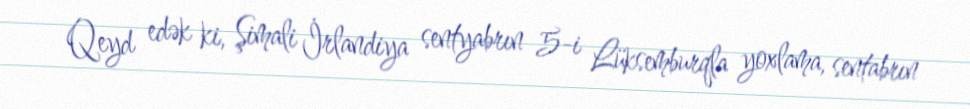
Qeyd edək ki, Şimali İrlandiya sentyabrın 5-i Lüksemburqla yoxlama, sentabrın